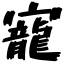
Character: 寵